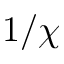
1 / \chi